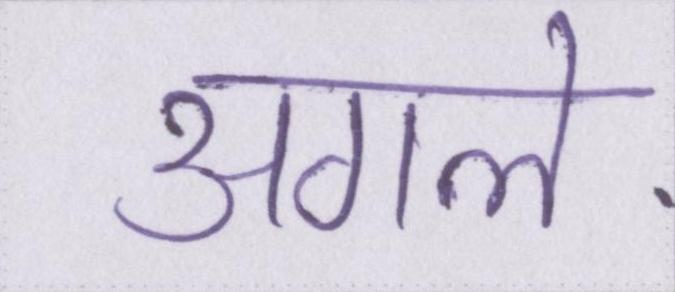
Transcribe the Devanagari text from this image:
अगले